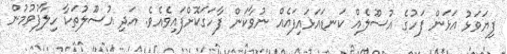
ފިޔަވަޅު އަޅަން ފަހުގެ އުސޫލެއް ކަނޑައަޅައިފައެއް ނުވާކަން ފާހަގަކޮށްފައިވެއެވެ. އަދި އުސޫލުތަކާ ހިލާފުވުމުން